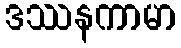
ဒဿနကာမာ